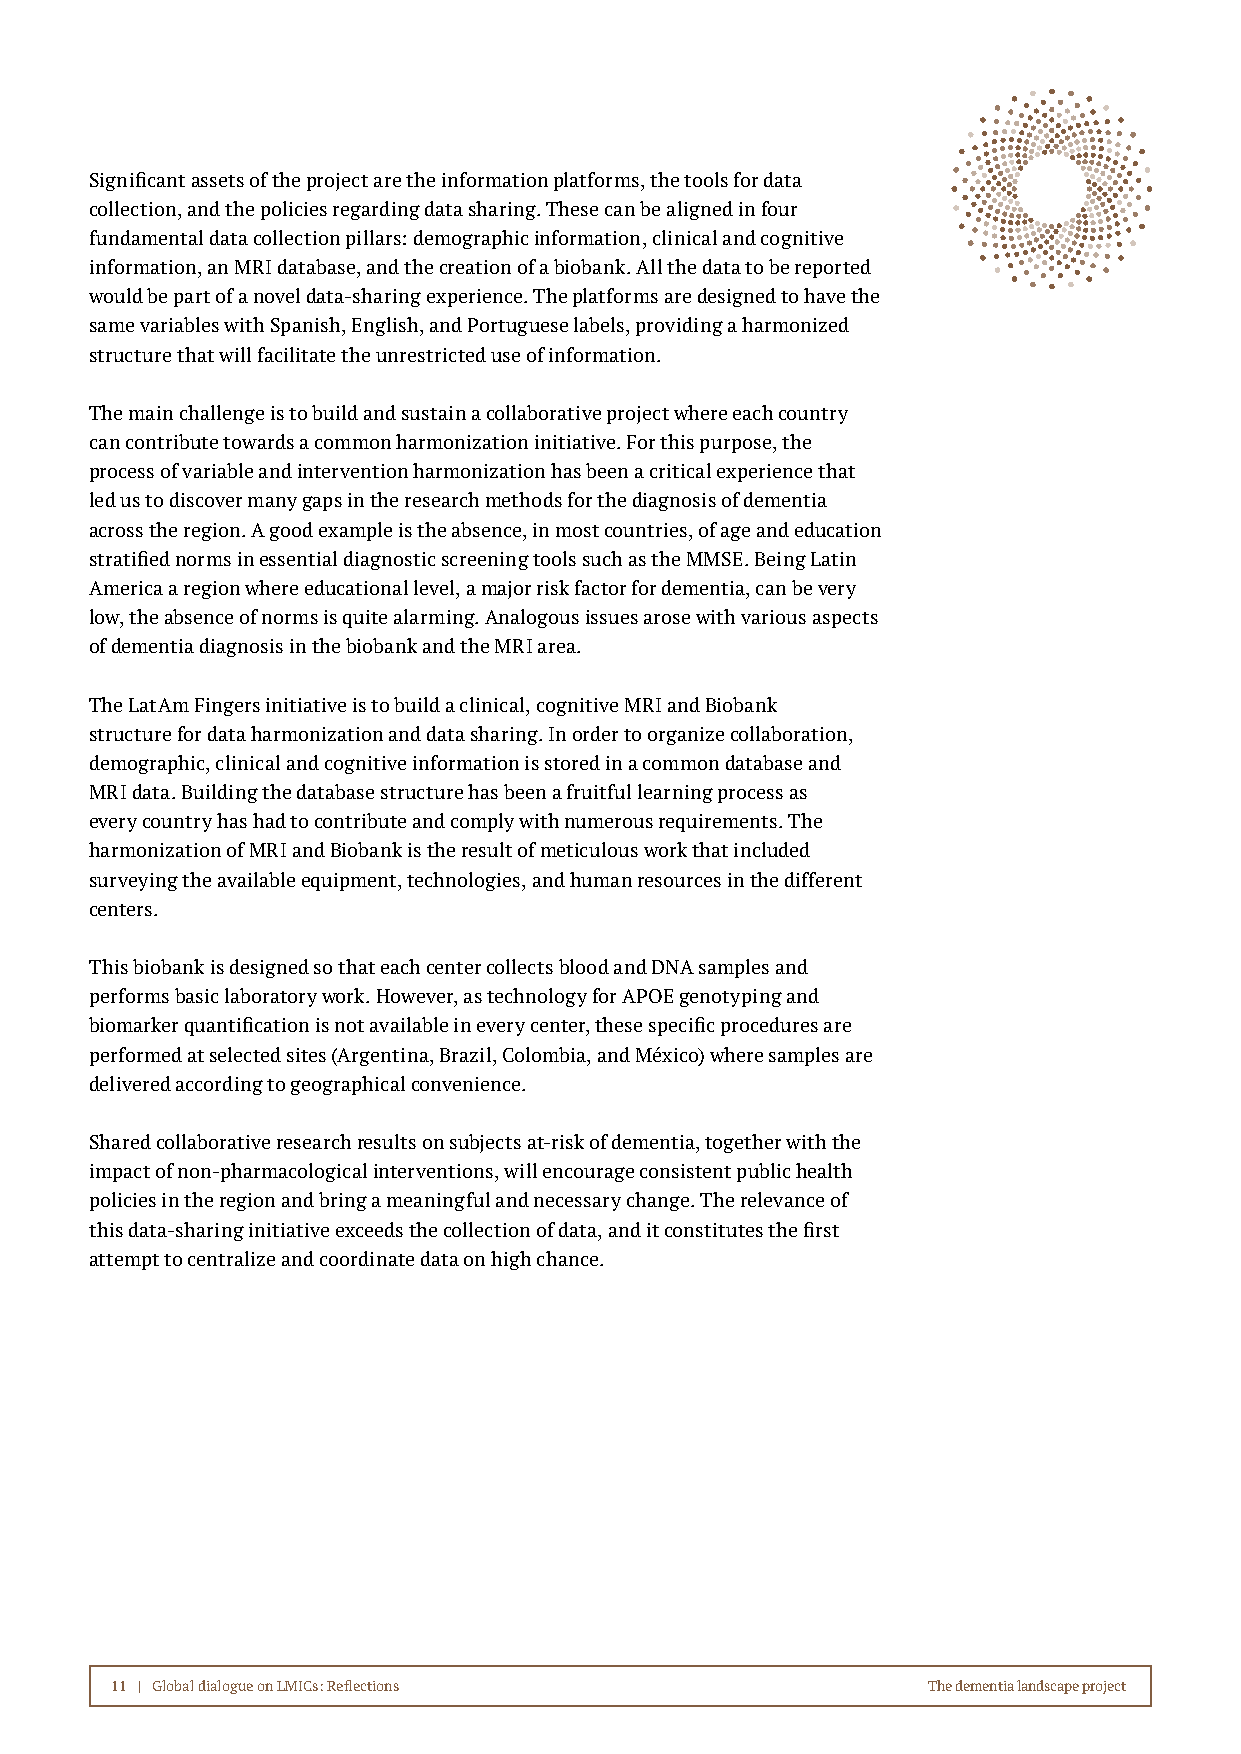
Significant assets of the project are the information platforms, the tools for data
 collection, and the policies regarding data sharing. These can be aligned in four
 fundamental data collection pillars: demographic information, clinical and cognitive
 information, an MRI database, and the creation of a biobank. All the data to be reported
 would be part of a novel data-sharing experience. The platforms are designed to have the
 same variables with Spanish, English, and Portuguese labels, providing a harmonized
 structure that will facilitate the unrestricted use of information.
 The main challenge is to build and sustain a collaborative project where each country
 can contribute towards a common harmonization initiative. For this purpose, the
 process of variable and intervention harmonization has been a critical experience that
 led us to discover many gaps in the research methods for the diagnosis of dementia
 across the region. A good example is the absence, in most countries, of age and education
 stratified norms in essential diagnostic screening tools such as the MMSE. Being Latin
 America a region where educational level, a major risk factor for dementia, can be very
 low, the absence of norms is quite alarming. Analogous issues arose with various aspects
 of dementia diagnosis in the biobank and the MRI area.
 The LatAm Fingers initiative is to build a clinical, cognitive MRI and Biobank
 structure for data harmonization and data sharing. In order to organize collaboration,
 demographic, clinical and cognitive information is stored in a common database and
 MRI data. Building the database structure has been a fruitful learning process as
 every country has had to contribute and comply with numerous requirements. The
 harmonization of MRI and Biobank is the result of meticulous work that included
 surveying the available equipment, technologies, and human resources in the different
 centers.
 This biobank is designed so that each center collects blood and DNA samples and
 performs basic laboratory work. However, as technology for APOE genotyping and
 biomarker quantification is not available in every center, these specific procedures are
 performed at selected sites (Argentina, Brazil, Colombia, and México) where samples are
 delivered according to geographical convenience.
 Shared collaborative research results on subjects at-risk of dementia, together with the
 impact of non-pharmacological interventions, will encourage consistent public health
 policies in the region and bring a meaningful and necessary change. The relevance of
 this data-sharing initiative exceeds the collection of data, and it constitutes the first
 attempt to centralize and coordinate data on high chance.
 11 | Global dialogue on LMICs: Reflections            The dementia landscape project